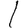
Digit: 1